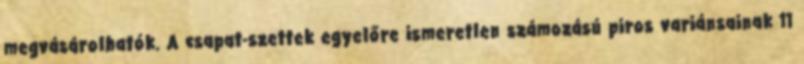
megvásárolhatók. A csapat-szettek egyelőre ismeretlen számozású piros variánsainak 11